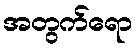
အတွက်ရော